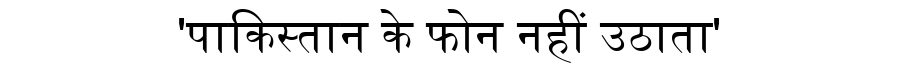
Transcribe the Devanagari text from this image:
'पाकिस्तान के फोन नहीं उठाता'